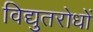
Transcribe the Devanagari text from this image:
विद्युतरोधों